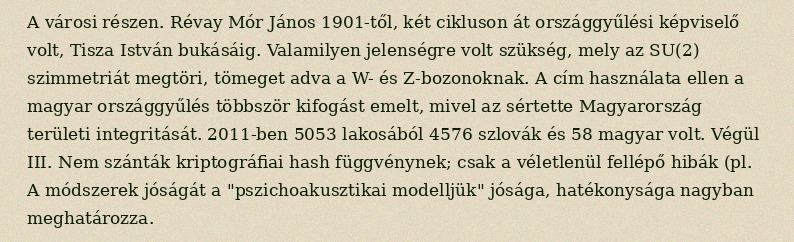
A városi részen. Révay Mór János 1901-től, két cikluson át országgyűlési képviselő volt, Tisza István bukásáig. Valamilyen jelenségre volt szükség, mely az SU(2) szimmetriát megtöri, tömeget adva a W- és Z-bozonoknak. A cím használata ellen a magyar országgyűlés többször kifogást emelt, mivel az sértette Magyarország területi integritását. 2011-ben 5053 lakosából 4576 szlovák és 58 magyar volt. Végül III. Nem szánták kriptográfiai hash függvénynek; csak a véletlenül fellépő hibák (pl. A módszerek jóságát a "pszichoakusztikai modelljük" jósága, hatékonysága nagyban meghatározza.